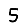
Digit: 5